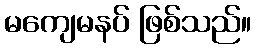
မကျေမနပ် ဖြစ်သည်။